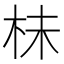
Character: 㭑